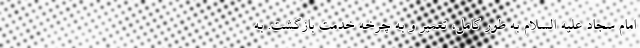
امام سجاد علیه السلام به طور کامل، تعمیر و به چرخه خدمت بازگشت. به